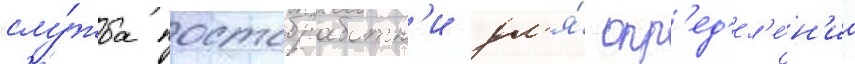
слу́жба постобработк'и дл'я́ опр'ед'ел'е́н'иа